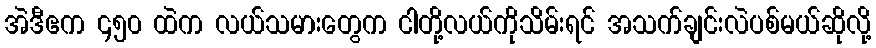
အဲဒီဧက ၄၅၀ ထဲက လယ်သမားတွေက ငါတို့လယ်ကိုသိမ်းရင် အသက်ချင်းလဲပစ်မယ်ဆိုလို့